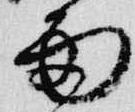
雨